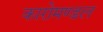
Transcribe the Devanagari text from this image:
कारोमण्डल